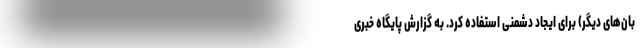
بان‌های دیگر) برای ایجاد دشمنی استفاده کرد. به گزارش پایگاه خبری